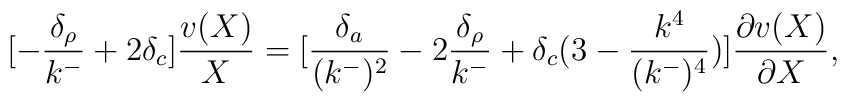
[-{\delta_\rho \over k^-}+ 2 \delta_c] {v(X) \over X} = [{\delta_a \over (k^{-})^2}-2 {\delta_\rho \over k^-}+ \delta_c ( 3-{k^4 \over (k^{-})^4})] {\partial v(X) \over \partial X},